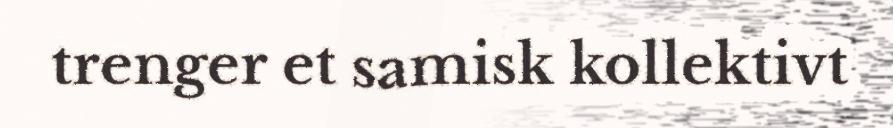
trenger et samisk kollektivt